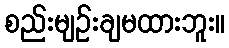
စည်းမျဉ်းချမထားဘူး။